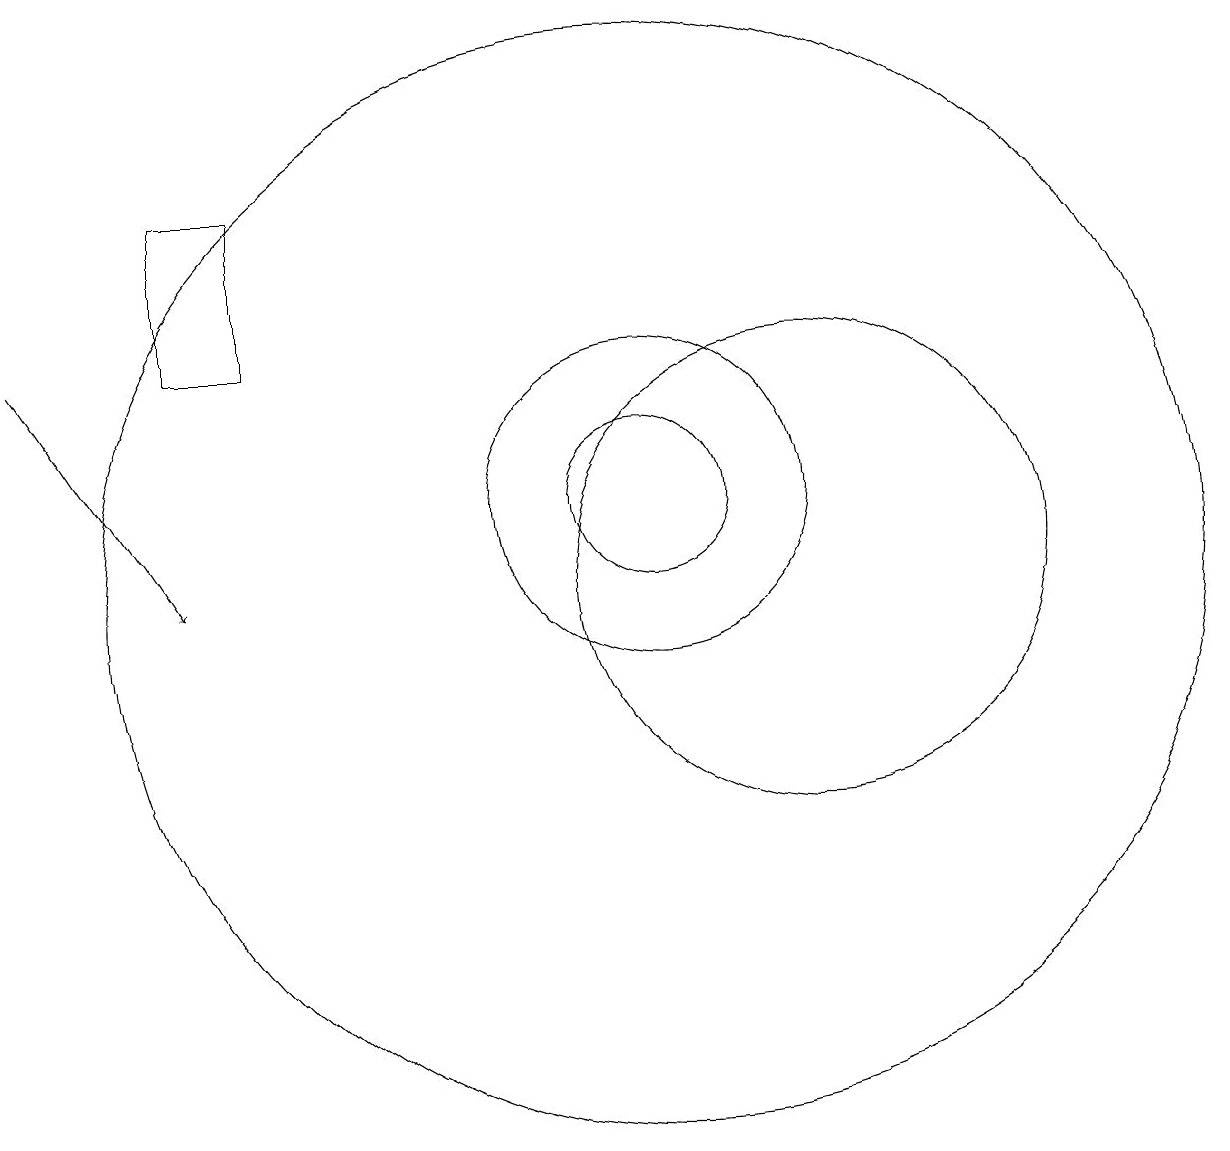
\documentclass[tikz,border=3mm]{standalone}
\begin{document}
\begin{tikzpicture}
\draw (10,11) circle (2);
\draw (12,10) circle (3);
\draw (10,11) circle (1);
\draw[->] (2,13) -- (4,10);
\draw (10,10) circle (7);
\draw (5,13) rectangle (4,15);
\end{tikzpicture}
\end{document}